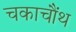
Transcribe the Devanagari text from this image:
चकाचौंथ